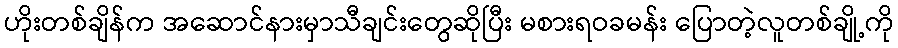
ဟိုးတစ်ချိန်က အဆောင်နားမှာသီချင်းတွေဆိုပြီး မစားရဝခမန်း ပြောတဲ့လူတစ်ချို့ကို